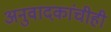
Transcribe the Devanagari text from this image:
अनुवादकांचीही